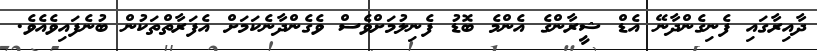
ދާއިރާގައި ފެނިގެންދާނޭ އެޑް ޝީރާންގެ އެންމެ ބޮޑު ފެނިލުމަށްވެސް ވެގެންދާނެކަމަށް އެފަރާތްތަކުން ބުނެފައިވެއެވެ.